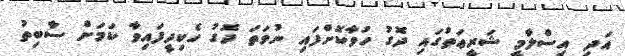
އަދި އިސްލާމީ ޝަރީޢަތުގައި ދޮގު ހުވާކޮށްފައި ނުވަތަ ދޮގު ހެކިދީފައިވާ ކަމަށް ސާބިތު